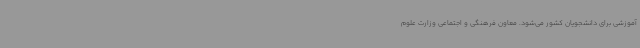
آموزشی برای دانشجویان کشور می‌شود. معاون فرهنگی و اجتماعی وزارت علوم